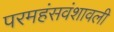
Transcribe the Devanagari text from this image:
परमहंसवंशावली